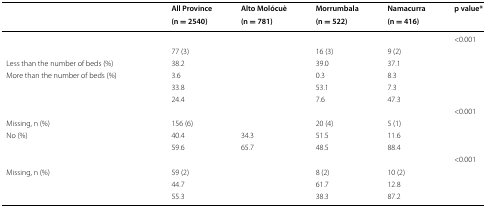
<table><thead><tr><td rowspan="2">[EMPTY_CELL]</td><td><b>All Province</b></td><td><b>Alto Molócuè</b></td><td><b>Morrumbala</b></td><td><b>Namacurra</b></td><td rowspan="2"><b>p value*</b></td></tr><tr><td><b>(n = 2540)</b></td><td><b>(n = 781)</b></td><td><b>(n = 522)</b></td><td><b>(n = 416)</b></td></tr></thead><tbody><tr><td>[EMPTY_CELL]</td><td>[EMPTY_CELL]</td><td>[EMPTY_CELL]</td><td>[EMPTY_CELL]</td><td>[EMPTY_CELL]</td><td>&lt;0.001</td></tr><tr><td>[EMPTY_CELL]</td><td>77 (3)</td><td>[EMPTY_CELL]</td><td>16 (3)</td><td>9 (2)</td><td>[EMPTY_CELL]</td></tr><tr><td> Less than the number of beds (%)</td><td>38.2</td><td>[EMPTY_CELL]</td><td>39.0</td><td>37.1</td><td>[EMPTY_CELL]</td></tr><tr><td> More than the number of beds (%)</td><td>3.6</td><td>[EMPTY_CELL]</td><td>0.3</td><td>8.3</td><td>[EMPTY_CELL]</td></tr><tr><td>[EMPTY_CELL]</td><td>33.8</td><td>[EMPTY_CELL]</td><td>53.1</td><td>7.3</td><td>[EMPTY_CELL]</td></tr><tr><td>[EMPTY_CELL]</td><td>24.4</td><td>[EMPTY_CELL]</td><td>7.6</td><td>47.3</td><td>[EMPTY_CELL]</td></tr><tr><td>[EMPTY_CELL]</td><td>[EMPTY_CELL]</td><td>[EMPTY_CELL]</td><td>[EMPTY_CELL]</td><td>[EMPTY_CELL]</td><td>&lt;0.001</td></tr><tr><td> Missing, n (%)</td><td>156 (6)</td><td>[EMPTY_CELL]</td><td>20 (4)</td><td>5 (1)</td><td>[EMPTY_CELL]</td></tr><tr><td> No (%)</td><td>40.4</td><td>34.3</td><td>51.5</td><td>11.6</td><td>[EMPTY_CELL]</td></tr><tr><td>[EMPTY_CELL]</td><td>59.6</td><td>65.7</td><td>48.5</td><td>88.4</td><td>[EMPTY_CELL]</td></tr><tr><td>[EMPTY_CELL]</td><td>[EMPTY_CELL]</td><td>[EMPTY_CELL]</td><td>[EMPTY_CELL]</td><td>[EMPTY_CELL]</td><td>&lt;0.001</td></tr><tr><td> Missing, n (%)</td><td>59 (2)</td><td>[EMPTY_CELL]</td><td>8 (2)</td><td>10 (2)</td><td>[EMPTY_CELL]</td></tr><tr><td>[EMPTY_CELL]</td><td>44.7</td><td>[EMPTY_CELL]</td><td>61.7</td><td>12.8</td><td>[EMPTY_CELL]</td></tr><tr><td>[EMPTY_CELL]</td><td>55.3</td><td>[EMPTY_CELL]</td><td>38.3</td><td>87.2</td><td>[EMPTY_CELL]</td></tr></tbody></table>